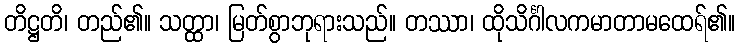
တိဋ္ဌတိ၊ တည်၏။ သတ္ထာ၊ မြတ်စွာဘုရားသည်။ တဿာ၊ ထိုသိင်္ဂါလကမာတာမထေရ်၏။